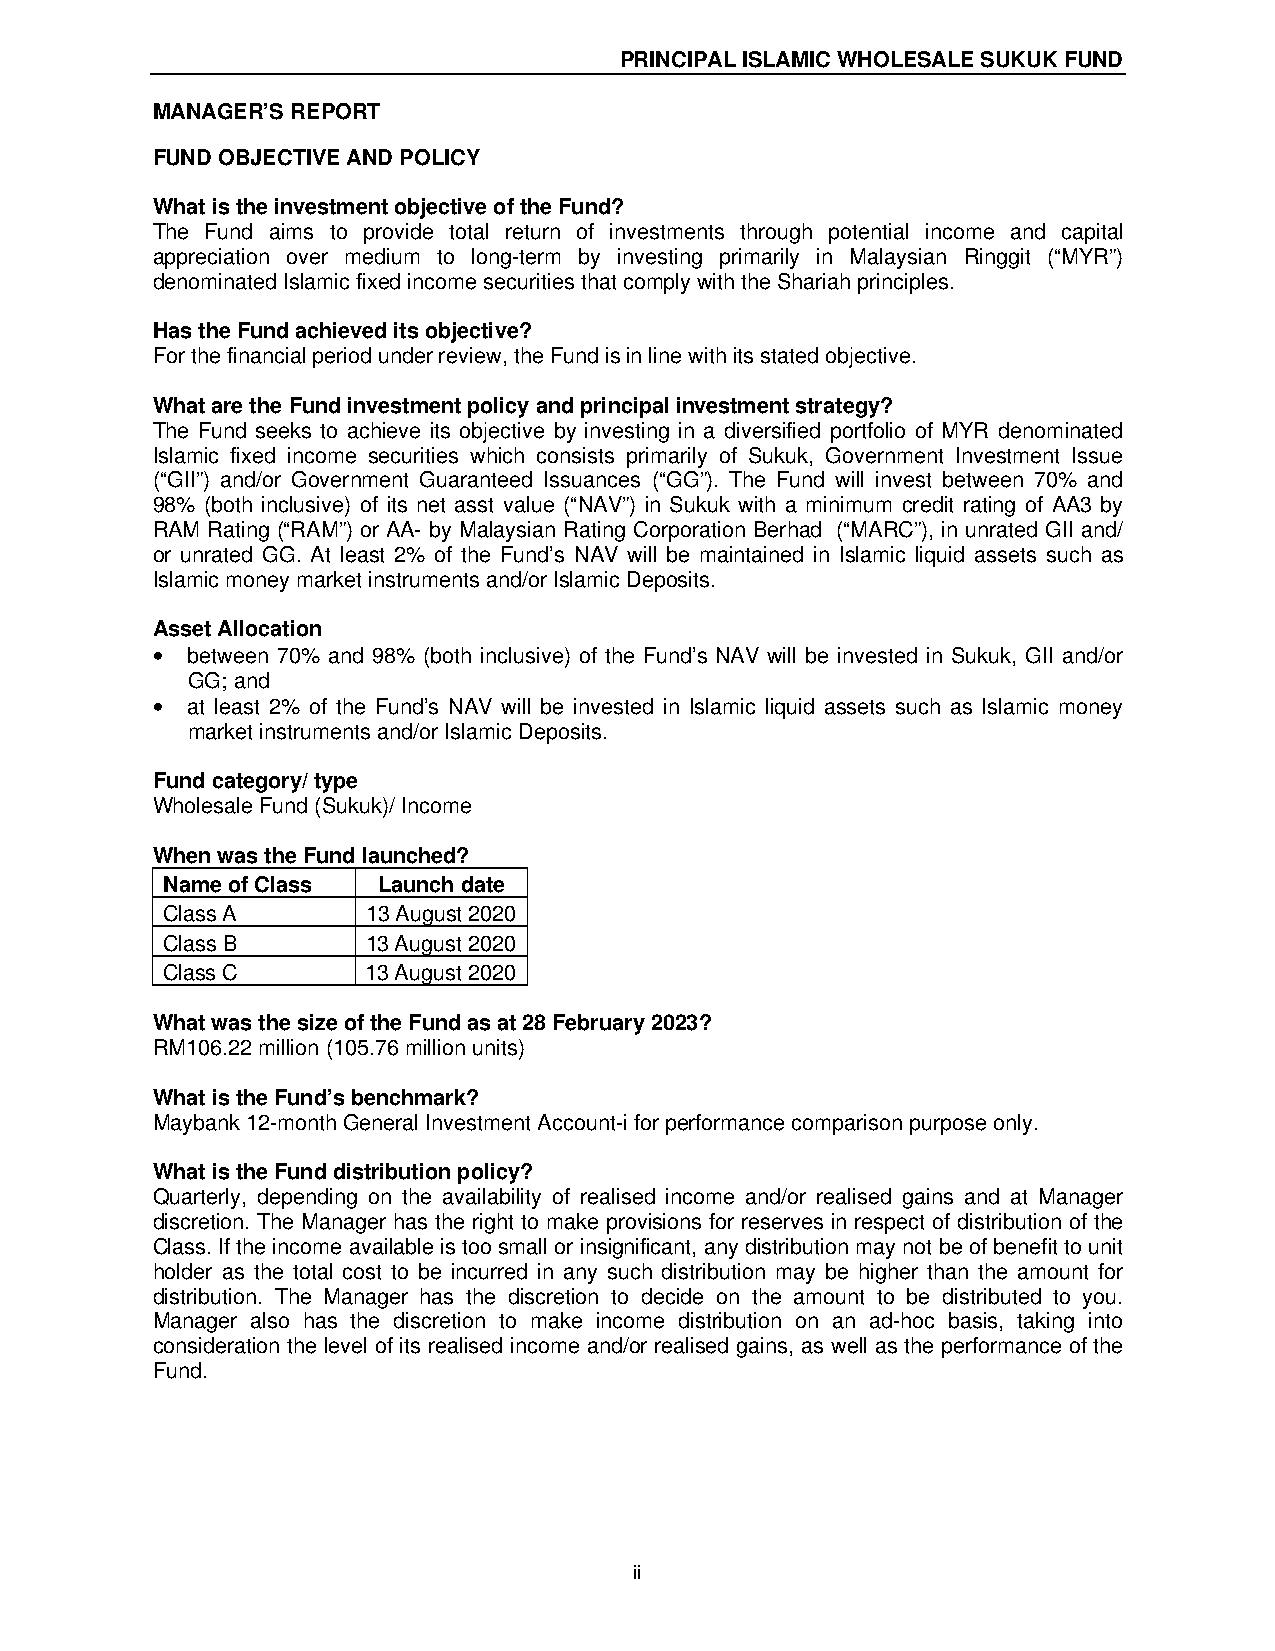
PRINCIPAL ISLAMIC WHOLESALE SUKUK FUND
 MANAGER’S REPORT
 FUND OBJECTIVE AND POLICY
 What is the investment objective of the Fund?
 The Fund aims to provide total return of investments through potential income and capital
 appreciation over medium to long-term by investing primarily in Malaysian Ringgit (“MYR”)
 denominated Islamic fixed income securities that comply with the Shariah principles.
 Has the Fund achieved its objective?
 For the financial period under review, the Fund is in line with its stated objective.
 What are the Fund investment policy and principal investment strategy?
 The Fund seeks to achieve its objective by investing in a diversified portfolio of MYR denominated
 Islamic fixed income securities which consists primarily of Sukuk, Government Investment Issue
 (“GII”) and/or Government Guaranteed Issuances (“GG”). The Fund will invest between 70% and
 98% (both inclusive) of its net asst value (“NAV”) in Sukuk with a minimum credit rating of AA3 by
 RAM Rating (“RAM”) or AA- by Malaysian Rating Corporation Berhad (“MARC”), in unrated GII and/
 or unrated GG. At least 2% of the Fund’s NAV will be maintained in Islamic liquid assets such as
 Islamic money market instruments and/or Islamic Deposits.
 Asset Allocation
 • between 70% and 98% (both inclusive) of the Fund’s NAV will be invested in Sukuk, GII and/or
 GG; and
 • at least 2% of the Fund’s NAV will be invested in Islamic liquid assets such as Islamic money
 market instruments and/or Islamic Deposits.
 Fund category/ type
 Wholesale Fund (Sukuk)/ Income
 When was the Fund launched?
 Name of Class Launch date
 Class A      13 August 2020
 Class B      13 August 2020
 Class C      13 August 2020
 What was the size of the Fund as at 28 February 2023?
 RM106.22 million (105.76 million units)
 What is the Fund’s benchmark?
 Maybank 12-month General Investment Account-i for performance comparison purpose only.
 What is the Fund distribution policy?
 Quarterly, depending on the availability of realised income and/or realised gains and at Manager
 discretion. The Manager has the right to make provisions for reserves in respect of distribution of the
 Class. If the income available is too small or insignificant, any distribution may not be of benefit to unit
 holder as the total cost to be incurred in any such distribution may be higher than the amount for
 distribution. The Manager has the discretion to decide on the amount to be distributed to you.
 Manager also has the discretion to make income distribution on an ad-hoc basis, taking into
 consideration the level of its realised income and/or realised gains, as well as the performance of the
 Fund.
 ii